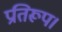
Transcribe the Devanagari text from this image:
प्रतिरूप।